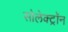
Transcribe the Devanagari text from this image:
सोलेक्ट्रॉन